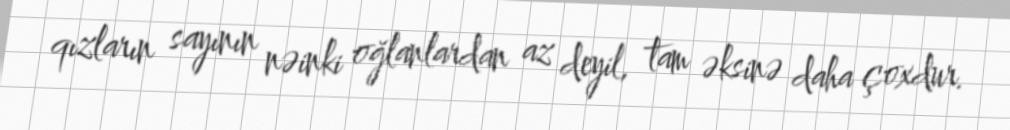
qızların sayının nəinki oğlanlardan az deyil, tam əksinə daha çoxdur.